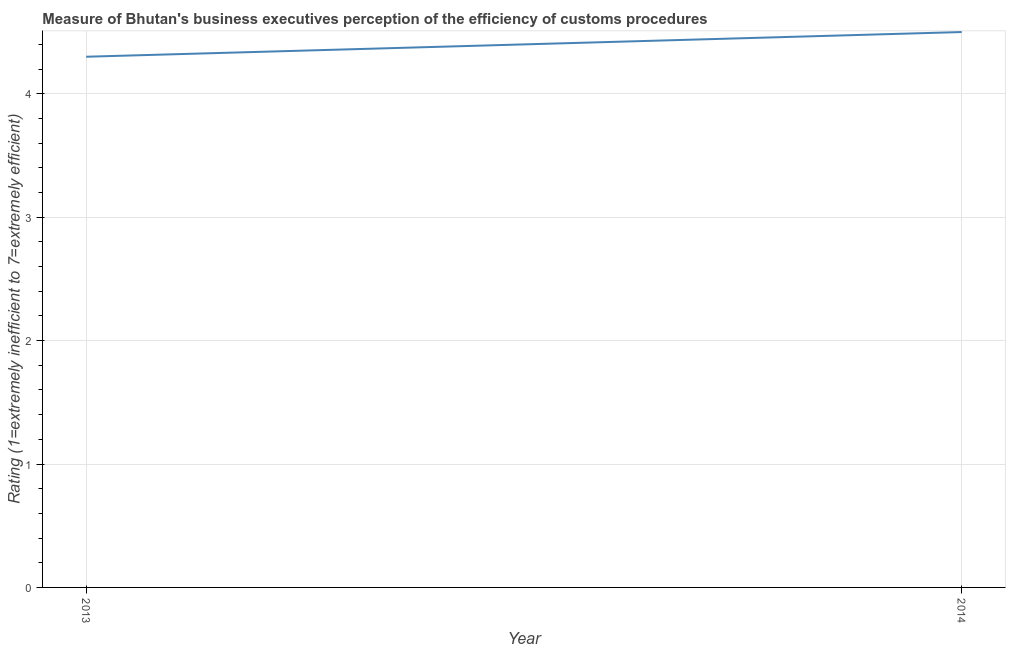
| Year | Burden of customs procedure |
 | --- | --- |
 | 2013 | 4.3 |
 | 2014 | 4.5 |